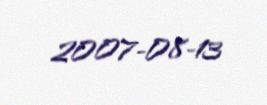
2007-08-13